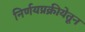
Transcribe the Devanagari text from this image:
निर्णयप्रक्रीयेतून